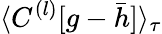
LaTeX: \langle C^{(l)}[g-\bar{h}]\rangle_{\tau}